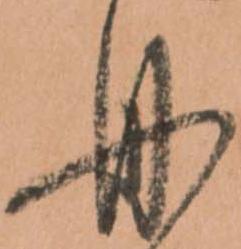
舟